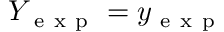
Y _ { \mathrm { ~ e ~ x ~ p ~ } } = y _ { \mathrm { ~ e ~ x ~ p ~ } }